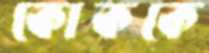
কোককে